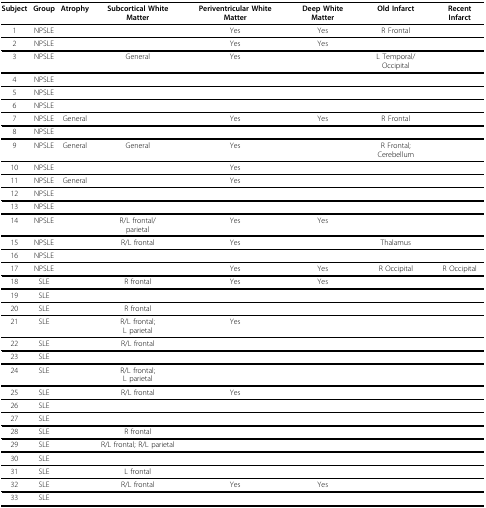
| Subject | Group | Atrophy | Subcortical White Matter | Periventricular White Matter | Deep White Matter | Old Infarct | Recent Infarct |
 | --- | --- | --- | --- | --- | --- | --- | --- |
 | 1 | NPSLE |  |  | Yes | Yes | R Frontal |  |
 | 2 | NPSLE |  |  | Yes | Yes |  |  |
 | 3 | NPSLE |  | General | Yes |  | L Temporal/Occipital |  |
 | 4 | NPSLE |  |  |  |  |  |  |
 | 5 | NPSLE |  |  |  |  |  |  |
 | 6 | NPSLE |  |  |  |  |  |  |
 | 7 | NPSLE | General |  | Yes | Yes | R Frontal |  |
 | 8 | NPSLE |  |  |  |  |  |  |
 | 9 | NPSLE | General | General | Yes |  | R Frontal; Cerebellum |  |
 | 10 | NPSLE |  |  | Yes |  |  |  |
 | 11 | NPSLE | General |  | Yes |  |  |  |
 | 12 | NPSLE |  |  |  |  |  |  |
 | 13 | NPSLE |  |  |  |  |  |  |
 | 14 | NPSLE |  | R/L frontal/parietal | Yes | Yes |  |  |
 | 15 | NPSLE |  | R/L frontal | Yes |  | Thalamus |  |
 | 16 | NPSLE |  |  |  |  |  |  |
 | 17 | NPSLE |  |  | Yes | Yes | R Occipital | R Occipital |
 | 18 | SLE |  | R frontal | Yes | Yes |  |  |
 | 19 | SLE |  |  |  |  |  |  |
 | 20 | SLE |  | R frontal |  |  |  |  |
 | 21 | SLE |  | R/L frontal;L parietal | Yes |  |  |  |
 | 22 | SLE |  | R/L frontal |  |  |  |  |
 | 23 | SLE |  |  |  |  |  |  |
 | 24 | SLE |  | R/L frontal;L parietal |  |  |  |  |
 | 25 | SLE |  | R/L frontal | Yes |  |  |  |
 | 26 | SLE |  |  |  |  |  |  |
 | 27 | SLE |  |  |  |  |  |  |
 | 28 | SLE |  | R frontal |  |  |  |  |
 | 29 | SLE |  | R/L frontal; R/L parietal |  |  |  |  |
 | 30 | SLE |  |  |  |  |  |  |
 | 31 | SLE |  | L frontal |  |  |  |  |
 | 32 | SLE |  | R/L frontal | Yes | Yes |  |  |
 | 33 | SLE |  |  |  |  |  |  |